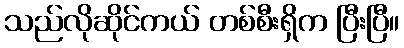
သည်လိုဆိုင်ကယ် တစ်စီးရှိက ပြီးပြီ။